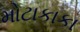
મોટાકાકા